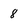
Character: 8